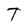
Character: T